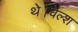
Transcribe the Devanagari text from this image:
थे।वेल्श